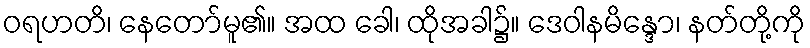
ဝရဟတိ၊ နေတော်မူ၏။ အထ ခေါ၊ ထိုအခါ၌။ ဒေဝါနမိန္ဒော၊ နတ်တို့ကို